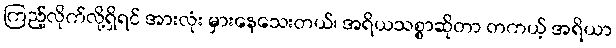
ကြည့်လိုက်လို့ရှိရင် အားလုံး မှားနေသေးတယ်၊ အရိယသစ္စာဆိုတာ တကယ့် အရိယာ